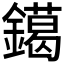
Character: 𨭛